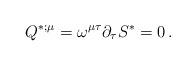
LaTeX: \begin{align*} Q^{*;\mu} = \omega^{\mu\tau}\partial_{\tau}S^{*} = 0\,.\end{align*}